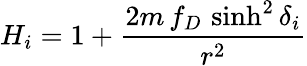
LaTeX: H_{i}=1+{\frac{2m\, f_{D}\, \sinh^{2}\delta_{i}}{r^{2}}}